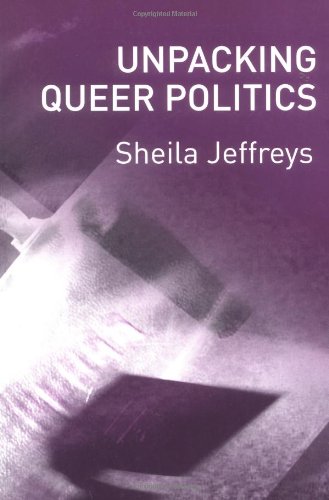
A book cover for Unpacking Queer Politics: A Lesbian Feminist Perspective; Sheila Jeffreys; Gay & Lesbian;